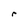
Character: r